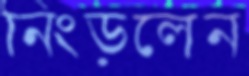
নিংড়লেন